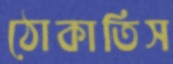
ঠোকাতিস